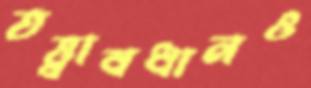
তত্ত্বাবধানও